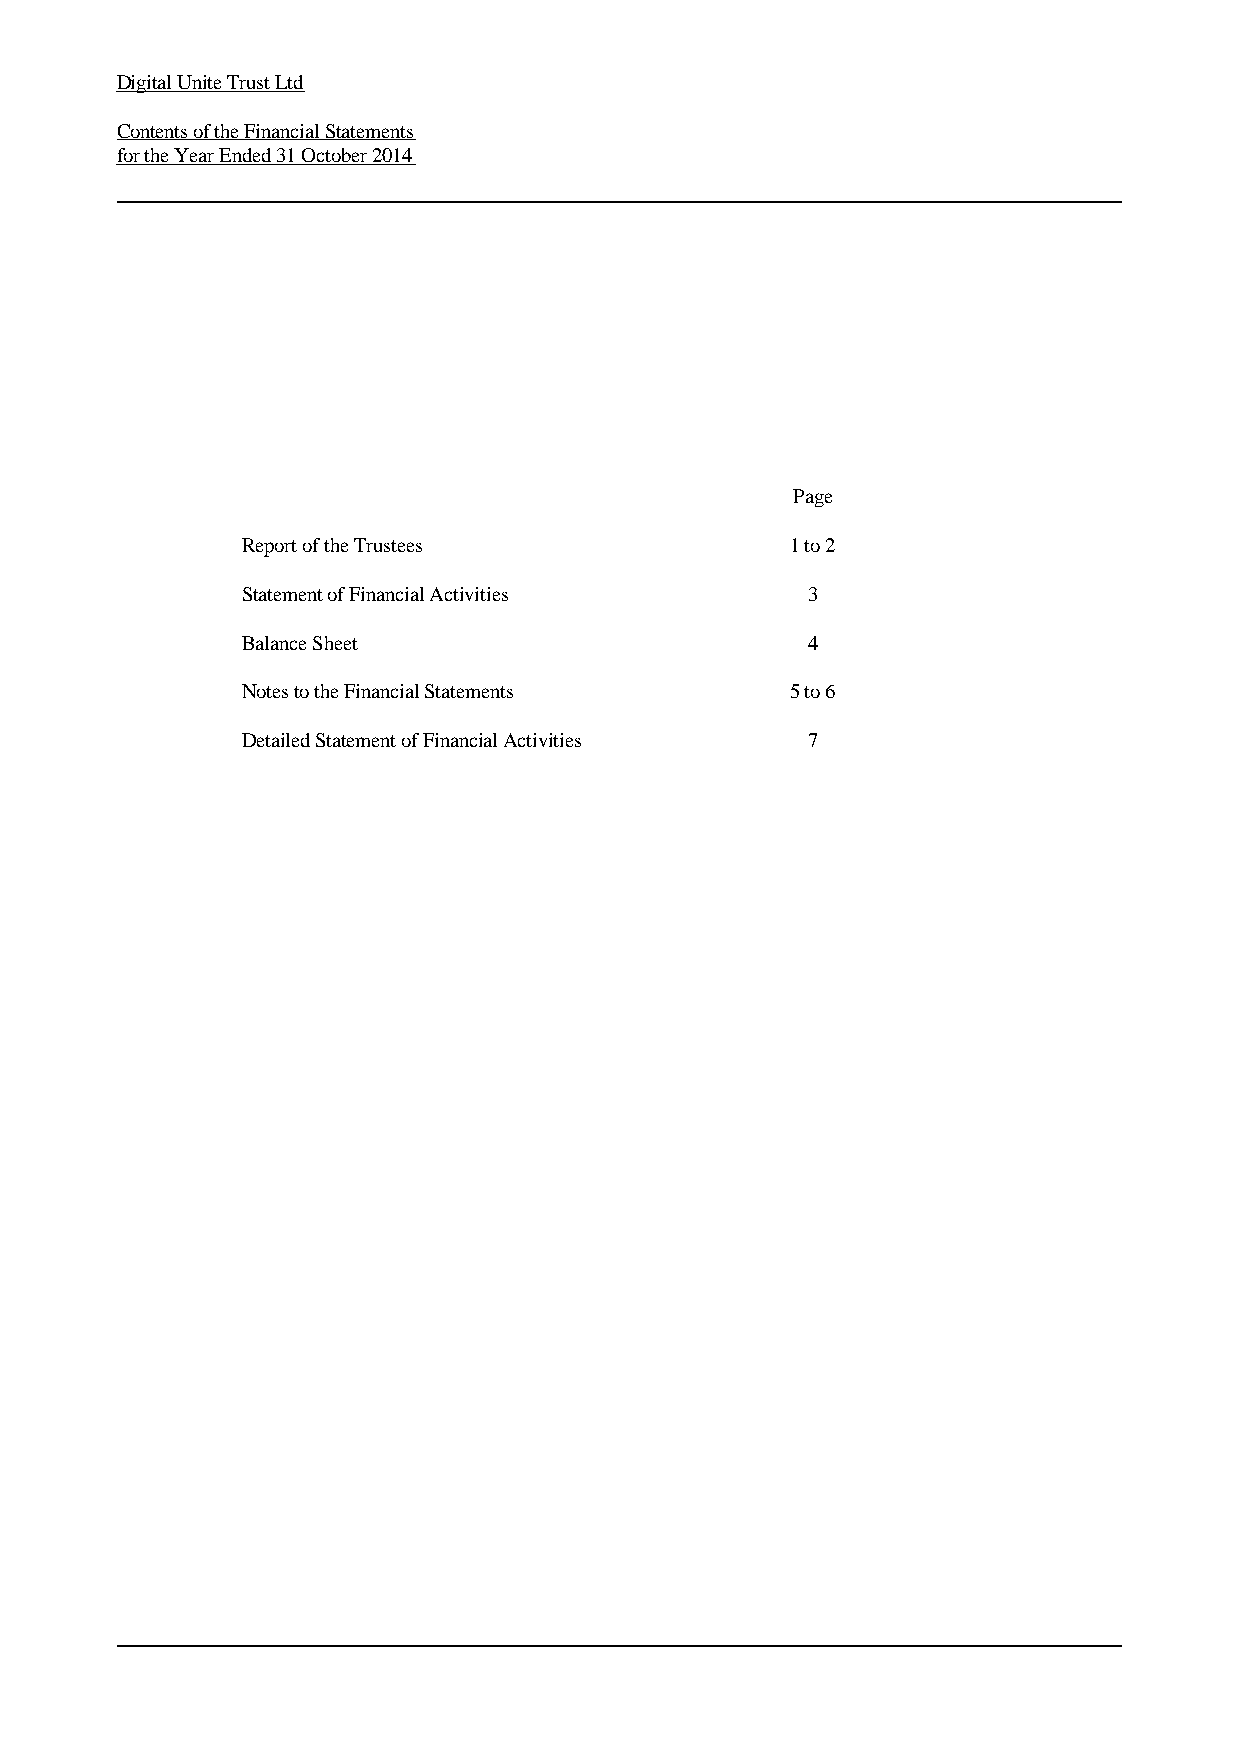
Digital Unite Trust Ltd
 Contents of the Financial Statements
 for the Year Ended 31 October 2014
 Page
 Report of the Trustees              1 to 2
 Statement of Financial Activities    3
 Balance Sheet                        4
 Notes to the Financial Statements   5 to 6
 Detailed Statement of Financial Activities 7